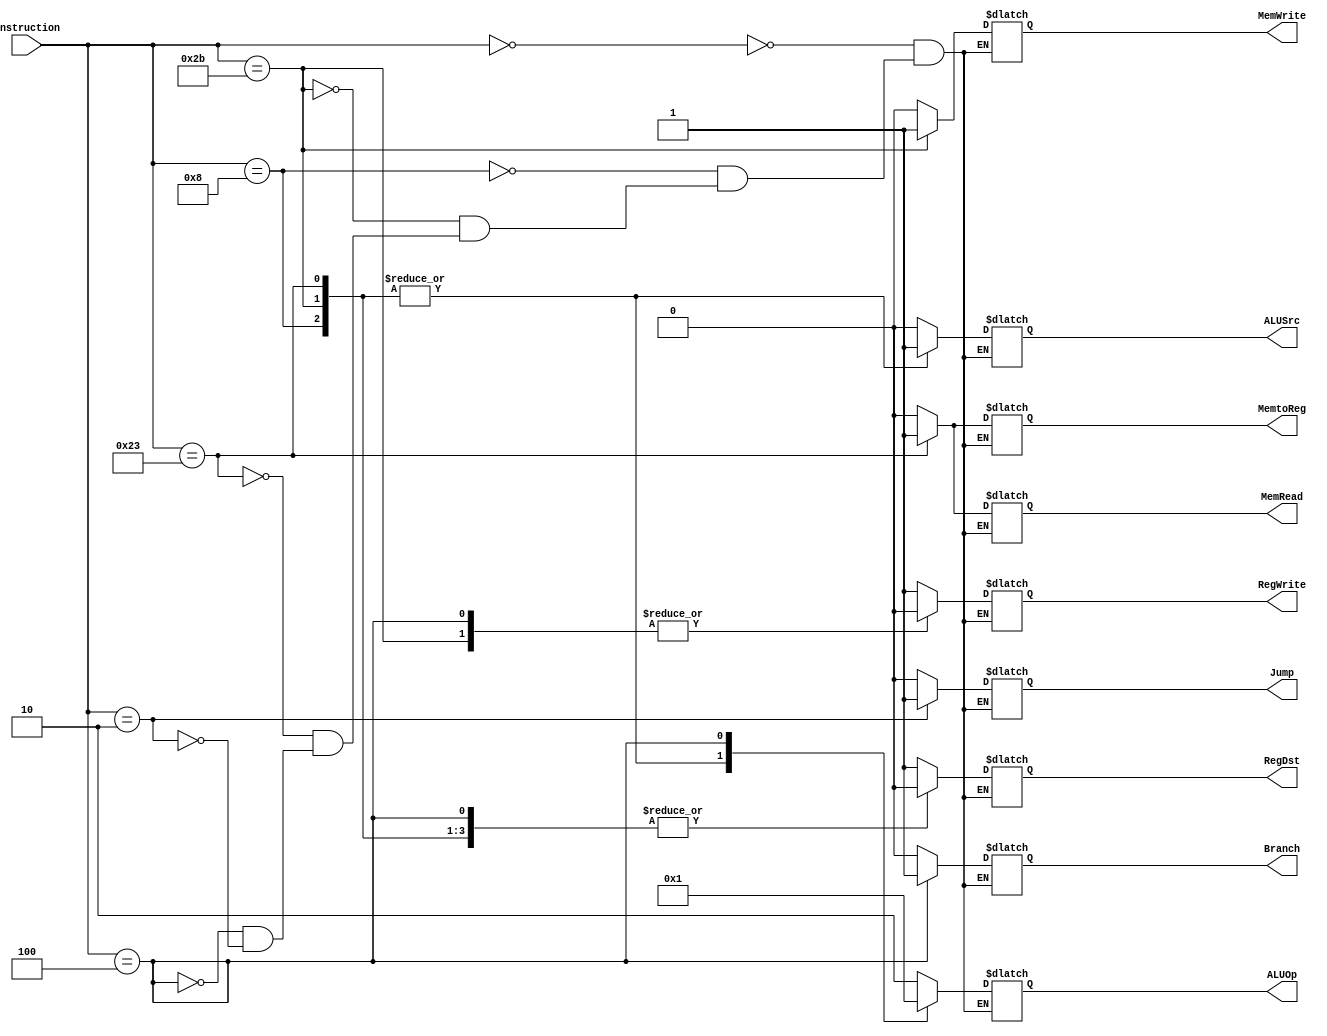
`timescale 1ns / 1ps
//////////////////////////////////////////////////////////////////////////////////
// Company:
// Engineer:
//
// Design Name:
// Module Name: control
// Project Name:
// Target Devices:
// Tool Versions:
// Description:
//
// Dependencies:
//
// Revision:
// Revision 0.01 - File Created
// Additional Comments:
//
//////////////////////////////////////////////////////////////////////////////////


module Control(
    input [31:26] instruction,
    output reg RegDst,
    output reg Jump,
    output reg Branch,
    output reg MemRead,
    output reg MemtoReg,
    output reg [1:0] ALUOp,
    output reg MemWrite,
    output reg ALUSrc,
    output reg RegWrite
    );
    initial begin
        Branch <= 0;
        Jump <= 0;
    end
    always @(instruction) begin
        case (instruction)
            // add addu sub subu and or nor sll srl slt sltu
            6'b000000: begin 
                RegDst <= 1;
                Jump <= 0;
                Branch <= 0;
                MemRead <= 0;
                MemtoReg <= 0;
                ALUOp <= 2'b10;
                MemWrite <= 0;
                ALUSrc <= 0;
                RegWrite <= 1;
            end
            6'b001000: begin // addi
                RegDst <= 0;
                Jump <= 0;
                Branch <= 0;
                MemRead <= 0;
                MemtoReg <= 0;
                ALUOp <= 2'b00;
                MemWrite <= 0;
                ALUSrc <= 1;
                RegWrite <= 1;
            end
            6'b101011: begin // sw
                RegDst <= 0;
                Jump <= 0;
                Branch <= 0;
                MemRead <= 0;
                MemtoReg <= 0;
                ALUOp <= 2'b00;
                MemWrite <= 1;
                ALUSrc <= 1;
                RegWrite <= 0;
            end
            6'b100011: begin // lw
                RegDst <= 0;
                Jump <= 0;
                Branch <= 0;
                MemRead <= 1;
                MemtoReg <= 1;
                ALUOp <= 2'b00;
                MemWrite <= 0;
                ALUSrc <= 1;
                RegWrite <= 1;
            end
            6'b000100: begin // beq
                RegDst <= 0;
                Jump <= 0;
                Branch <= 1;
                MemRead <= 0;
                MemtoReg <= 0;
                ALUOp <= 2'b01;
                MemWrite <= 0;
                ALUSrc <= 0;
                RegWrite <= 0;
            end
            6'b000010: begin // j
                RegDst <= 1'bx;
                Jump <= 1;
                Branch <= 1'bx;
                MemRead <= 1'bx;
                MemtoReg <= 1'bx;
                ALUOp <= 2'bx;
                MemWrite <= 1'bx;
                ALUSrc <= 1'bx;
                RegWrite <= 1'bx;
            end
        endcase
    end
endmodule